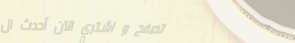
تصفح و اشتري الآن أحدث ال